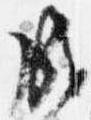
成